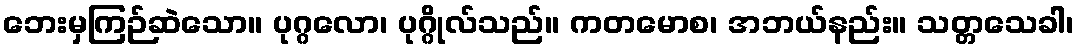
ဘေးမှကြဉ်ဆဲသော။ ပုဂ္ဂလော၊ ပုဂ္ဂိုလ်သည်။ ကတမောစ၊ အဘယ်နည်း။ သတ္တသေခါ၊